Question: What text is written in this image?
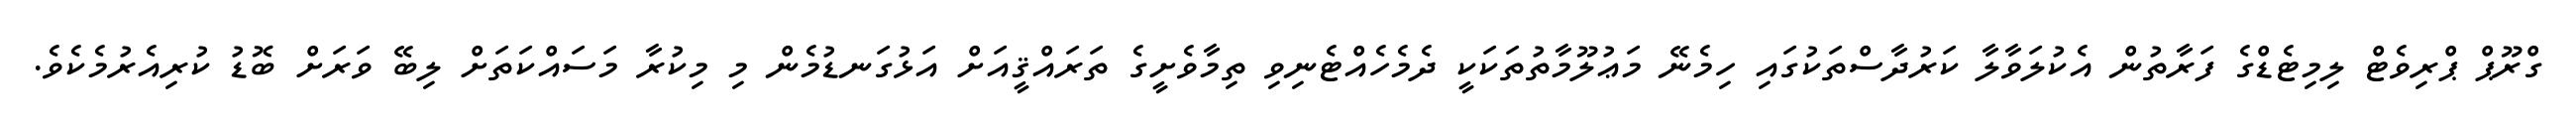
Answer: ގްރޫޕް ޕްރިވެޓް ލިމިޓެޑްގެ ފަރާތުން އެކުލަވާލާ ކަރުދާސްތަކުގައި ހިމެނޭ މަޢުލޫމާތުތަކަކީ ދެމެހެއްޓެނިވި ތިމާވެށީގެ ތަރައްޤީއަށް އަޅުގަނޑުމެން މި މިކުރާ މަސައްކަތަށް ލިބޭ ވަރަށް ބޮޑު ކުރިއެރުމެކެވެ.